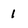
Character: 1